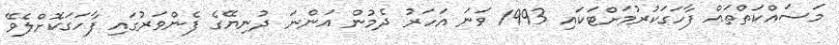
މަސައްކަތްތައް ފާހަގަކުރުމަށްޓަކައި 1993 ވަނަ އަހަރު ދެމުން އަންނަ ދުނިޔޭގެ ފެންވަރުގައި ފާހަގަކޮށްލެވޭ